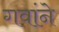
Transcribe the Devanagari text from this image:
गवांने